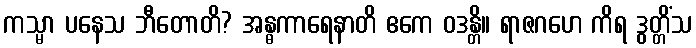
ကသ္မာ ပနေသ ဘီတောတိ? အန္ဓကာရေနာတိ ဧကေ ဝဒန္တိ။ ရာဇဂဟေ ကိရ ဒွတ္တိံသ